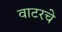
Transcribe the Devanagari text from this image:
वाटरचे